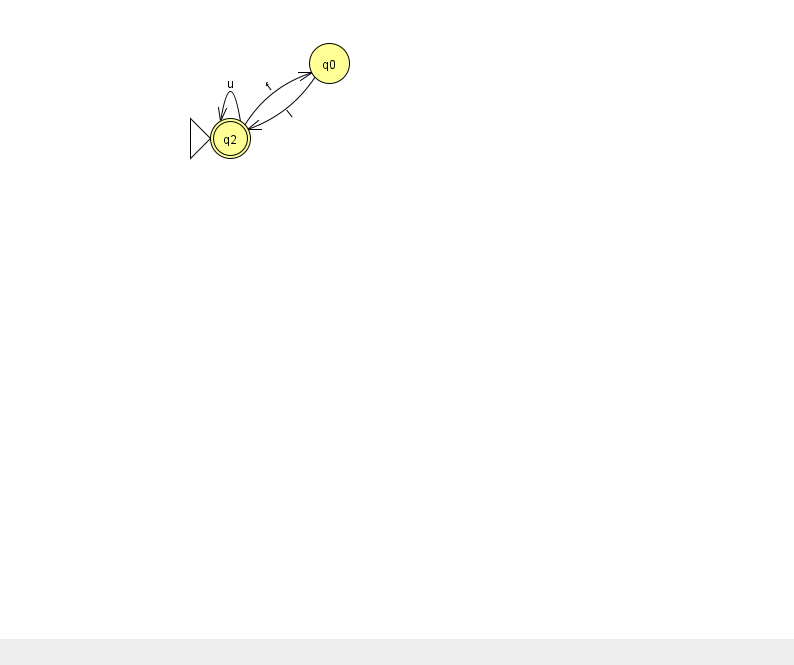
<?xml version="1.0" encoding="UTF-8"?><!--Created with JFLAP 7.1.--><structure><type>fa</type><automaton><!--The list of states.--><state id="0" name="q0"><x>329.0</x><y>50.0</y></state><state id="2" name="q2"><x>230.0</x><y>125.0</y><initial/><final/></state><!--The list of transitions.--><transition><from>0</from><to>2</to><read>I</read></transition><transition><from>2</from><to>2</to><read>u</read></transition><transition><from>2</from><to>0</to><read>f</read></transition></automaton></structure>